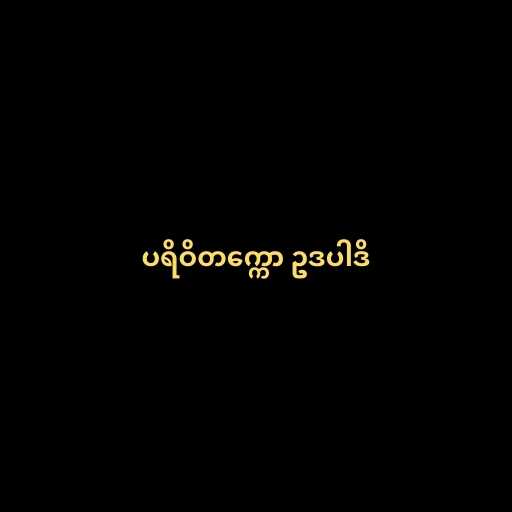
ပရိဝိတက္ကော ဥဒပါဒိ